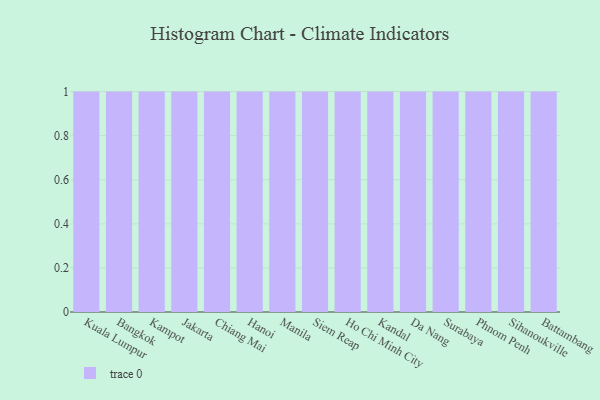
{"axis": {"x": "City", "y": "Conversion Rate (%)"}, "legend": [""], "data": [{"x": "Kuala Lumpur", "y": 66, "type": ""}, {"x": "Bangkok", "y": 2, "type": ""}, {"x": "Kampot", "y": 12, "type": ""}, {"x": "Jakarta", "y": 40, "type": ""}, {"x": "Chiang Mai", "y": 38, "type": ""}, {"x": "Hanoi", "y": 29, "type": ""}, {"x": "Manila", "y": 17, "type": ""}, {"x": "Siem Reap", "y": 5, "type": ""}, {"x": "Ho Chi Minh City", "y": 42, "type": ""}, {"x": "Kandal", "y": 6, "type": ""}, {"x": "Da Nang", "y": 24, "type": ""}, {"x": "Surabaya", "y": 14, "type": ""}, {"x": "Phnom Penh", "y": 18, "type": ""}, {"x": "Sihanoukville", "y": 2, "type": ""}, {"x": "Battambang", "y": 27, "type": ""}]}